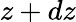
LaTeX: z+dz